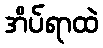
အိပ်ရာထဲ